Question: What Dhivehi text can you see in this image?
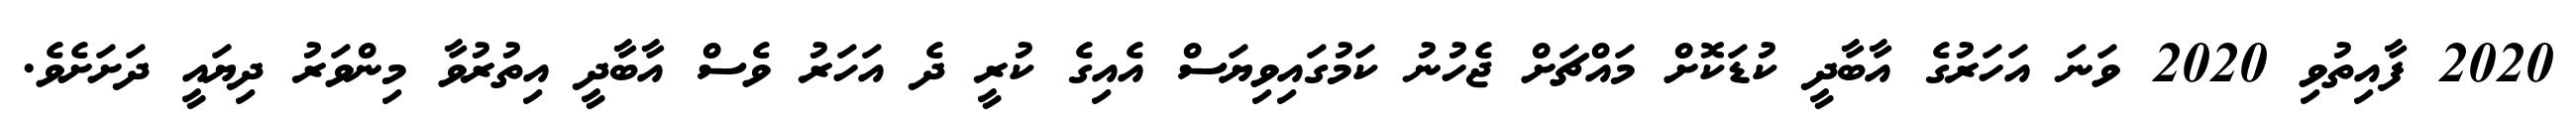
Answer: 2020 ފާއިތުވި 2020 ވަނަ އަހަރުގެ އާބާދީ ކުޑަކޮށް މައްޗަށް ޖެހުނު ކަމުގައިވިޔަސް އެއިގެ ކުރީ ދެ އަހަރު ވެސް އާބާދީ އިތުރުވާ މިންވަރު ދިޔައީ ދަށަށެވެ.